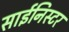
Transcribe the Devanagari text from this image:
साईनिस्टर